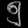
Digit: ၅